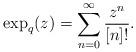
LaTeX: \begin{align*}\exp_{q}(z)=\sum_{n=0}^{\infty}\frac{z^{n}}{[n]!}.\end{align*}